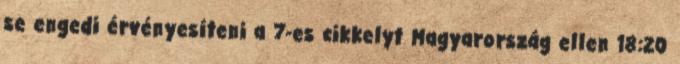
se engedi érvényesíteni a 7-es cikkelyt Magyarország ellen 18:20